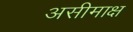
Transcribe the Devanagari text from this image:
असीमाक्ष